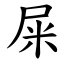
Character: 屎